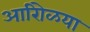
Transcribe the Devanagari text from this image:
आरोिळया